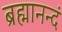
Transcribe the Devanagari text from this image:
ब्रह्मानन्दं